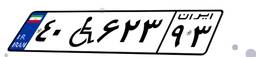
۴۰W۶۲۳۹۳